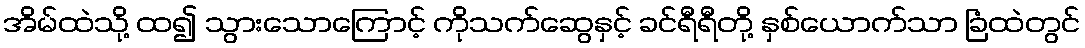
အိမ်ထဲသို့ ထ၍ သွားသောကြောင့် ကိုသက်ဆွေနှင့် ခင်ရီရီတို့ နှစ်ယောက်သာ ခြံထဲတွင်